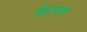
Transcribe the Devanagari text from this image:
केलण